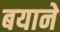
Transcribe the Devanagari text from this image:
बयाने